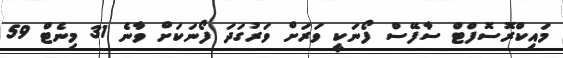
މައިކްރޮސޮފްޓް ސާފޭސް ފޯނަކީ ވަރަށް ވަރުގަދަ ފޯނަކަށް ވާނެ 31 މިނެޓް 59